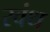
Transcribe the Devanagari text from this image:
रवंथ